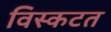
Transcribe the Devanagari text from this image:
विस्कटत